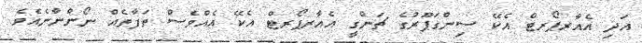
އަދި އެއާރޕޯރޓް އެކޭ ސިންގަޕޫރުގެ ޗަންގީ އެއާރޕޯރޓް އެކޭ އެއްވެސް ތަފާތެއް ނޯންނާނެއެވެ.